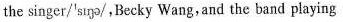
the singer/'sɪŋə/ ,Becky Wang, and the band playing